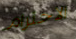
الاحترام